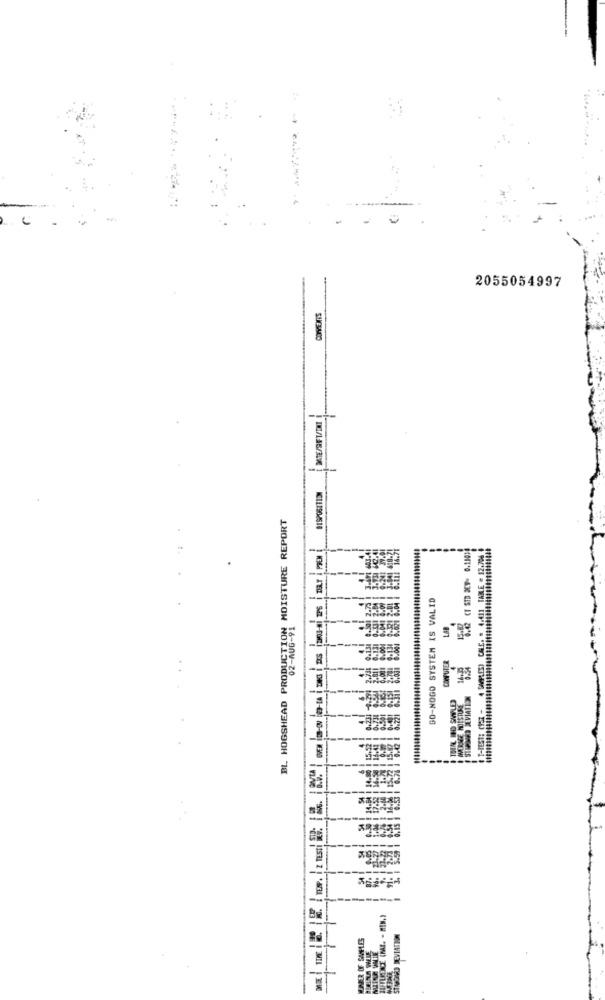
-4
2055054997
DOS CTION MOISTURE REPORT
MC111904518
TEST: CZ -4 5MILES) CHLC. . 4.411 TAME # 12,70
1.
GO-NOGO SYSTEM IS VALID
BL HOGSHEAD PRODUCTION
-
In
COMPUTER
-
DEVIATNO